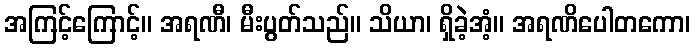
အကြင့်ကြောင့်။ အရဏီ၊ မီးပွတ်သည်။ သိယာ၊ ရှိခဲ့အံ့။ အရဏိပေါတကော၊